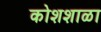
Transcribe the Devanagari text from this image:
कोशशाळा